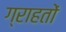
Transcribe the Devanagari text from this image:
ग्राहतों